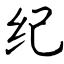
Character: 纪